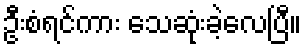
ဦးစံရင်ကား သေဆုံးခဲ့လေပြီ။